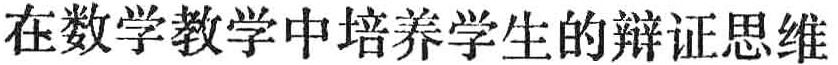
在数学教学中培养学生的辩证思维